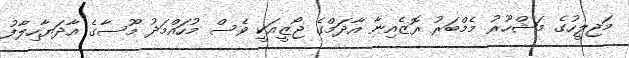
މަޖިލީހުގެ މަޝްހޫރު މެމްބަރު ރޮޒެއިނާ އާދަމްގެ ޖޯޒީއަކީ ވެސް މުހައްމަދު މޫސާގެ އާދަޔާހިލާފު